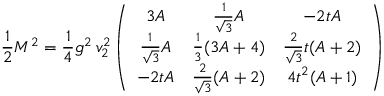
\frac 1 2 M ^ { 2 } = \frac 1 4 g ^ { 2 } \, v _ { 2 } ^ { 2 } \left( \begin{array} { c c c } { { 3 A } } & { { \frac 1 { \sqrt { 3 } } A } } & { { - 2 t A } } \\ { { \frac 1 { \sqrt { 3 } } A } } & { { \frac 1 3 ( 3 A + 4 ) } } & { { \frac 2 { \sqrt { 3 } } t ( A + 2 ) } } \\ { { - 2 t A } } & { { \frac 2 { \sqrt { 3 } } ( A + 2 ) } } & { { 4 t ^ { 2 } ( A + 1 ) } } \end{array} \right)